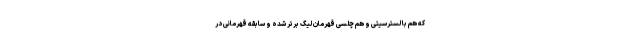
که هم با لسترسیتی و هم چلسی قهرمان لیگ برتر شده و سابقه قهرمانی در